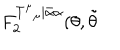
F _ { 2 } ^ { T _ { \; \; \mu } ^ { \mu } | \bar { \alpha } \alpha } ( \theta , \tilde { \theta }